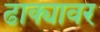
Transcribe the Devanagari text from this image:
ढाक्यावर